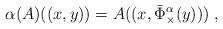
LaTeX: \begin{align*}\alpha(A)((x,y))=A((x,\bar{\Phi}_\times^\alpha(y)))\;,\end{align*}